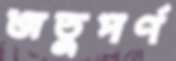
জতুপর্ণ